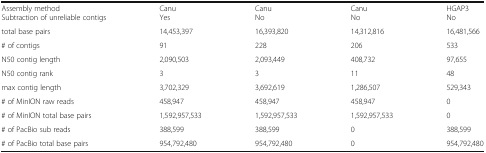
<table><thead><tr><td><b>Assembly method</b></td><td><b>Canu</b></td><td><b>Canu</b></td><td><b>Canu</b></td><td><b>HGAP3</b></td></tr></thead><tbody><tr><td>Subtraction of unreliable contigs</td><td>Yes</td><td>No</td><td>No</td><td>No</td></tr><tr><td>total base pairs</td><td>14,453,397</td><td>16,393,820</td><td>14,312,816</td><td>16,481,566</td></tr><tr><td># of contigs</td><td>91</td><td>228</td><td>206</td><td>533</td></tr><tr><td>N50 contig length</td><td>2,090,503</td><td>2,093,449</td><td>408,732</td><td>97,655</td></tr><tr><td>N50 contig rank</td><td>3</td><td>3</td><td>11</td><td>48</td></tr><tr><td>max contig length</td><td>3,702,329</td><td>3,692,619</td><td>1,286,507</td><td>529,343</td></tr><tr><td># of MinION raw reads</td><td>458,947</td><td>458,947</td><td>458,947</td><td>0</td></tr><tr><td># of MinION total base pairs</td><td>1,592,957,533</td><td>1,592,957,533</td><td>1,592,957,533</td><td>0</td></tr><tr><td># of PacBio sub reads</td><td>388,599</td><td>388,599</td><td>0</td><td>388,599</td></tr><tr><td># of PacBio total base pairs</td><td>954,792,480</td><td>954,792,480</td><td>0</td><td>954,792,480</td></tr></tbody></table>